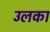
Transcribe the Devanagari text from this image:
उलका